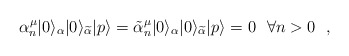
\begin{align*}\alpha^{\mu}_{n}|0\rangle_\alpha |0\rangle_{\widetilde\alpha}|p \rangle =\tilde\alpha^{\mu}_{n} |0\rangle_\alpha |0\rangle_{\widetilde\alpha}|p \rangle =0~~\forall n>0 ~~,~~\end{align*}